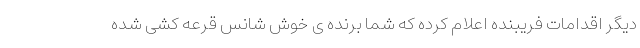
دیگر اقدامات فریبنده اعلام کرده که شما برنده ی خوش شانس قرعه کشی شده